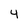
Character: 4